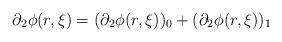
LaTeX: \begin{align*} \partial_{2}\phi(r,\xi) = (\partial_{2}\phi(r,\xi))_{0}+ (\partial_{2}\phi(r,\xi))_{1} \end{align*}